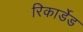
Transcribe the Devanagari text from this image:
रिकार्डेड